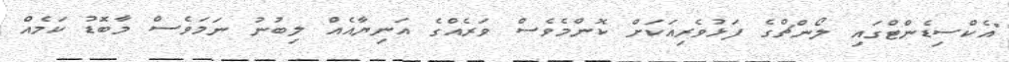
"އެކްސިޑެންޓްގައި ލޯންޗްގެ ފަޅުވެރިއަކަށް ކޮންމެވެސް ވަރެއްގެ އަނިޔާއެއް ލިބުނު ނަމަވެސް މާބޮޑު ކަމެއް